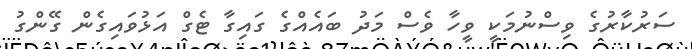
ސަރުކާރުގެ ވިސްނުމަކީ ވީހާ ވެސް މަދު ބައެއްގެ ގައިގާ ޓެގް އަޅުވައިގެން ގޭންގު